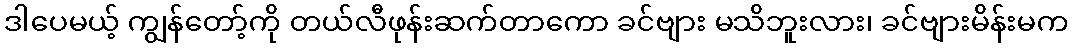
ဒါပေမယ့် ကျွန်တော့်ကို တယ်လီဖုန်းဆက်တာကော ခင်ဗျား မသိဘူးလား၊ ခင်ဗျားမိန်းမက